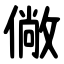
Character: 僘